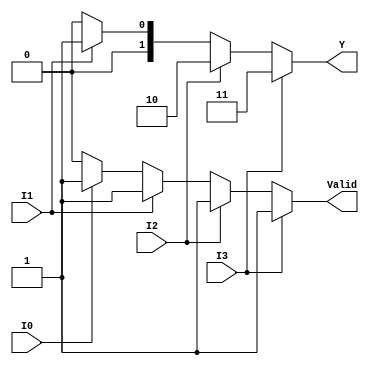
module encoder_4to2 (
    input wire I0,  // Input line 0
    input wire I1,  // Input line 1
    input wire I2,  // Input line 2
    input wire I3,  // Input line 3
    output reg [1:0] Y,  // Output lines Y1 and Y0
    output reg Valid  // Valid output
);

always @(*) begin
    // Default values
    Y = 2'b00;  // Default output
    Valid = 1'b0;  // Default valid output

    // Priority encoding
    if (I3) begin
        Y = 2'b11;  // Output for I3
        Valid = 1'b1;
    end else if (I2) begin
        Y = 2'b10;  // Output for I2
        Valid = 1'b1;
    end else if (I1) begin
        Y = 2'b01;  // Output for I1
        Valid = 1'b1;
    end else if (I0) begin
        Y = 2'b00;  // Output for I0
        Valid = 1'b1;
    end
    // If no inputs are active, Y remains 00 and Valid remains 0
end

endmodule